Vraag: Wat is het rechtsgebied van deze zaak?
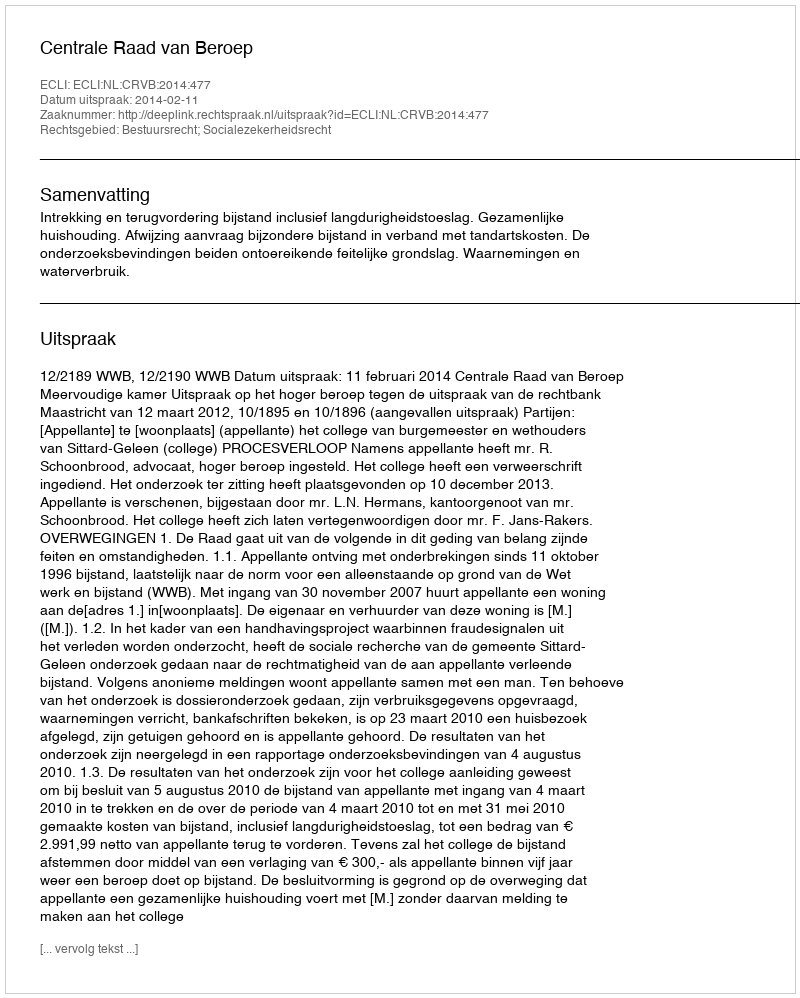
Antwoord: Bestuursrecht; Socialezekerheidsrecht